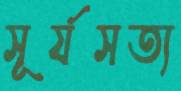
সূর্যসত্য